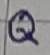
Text: Q